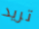
تريد